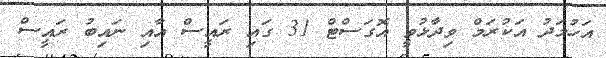
އަހުމަދު އަކުރަމް ވިދާޅުވީ އޮގަސްޓް 31 ގައި ރައީސް އާއި ނައިބު ރައީސް